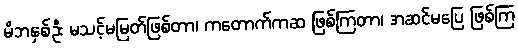
မိဘနှစ်ဦး မသင့်မမြတ်ဖြစ်တာ၊ ကတောက်ကဆ ဖြစ်ကြတာ၊ အဆင်မပြေ ဖြစ်ကြ